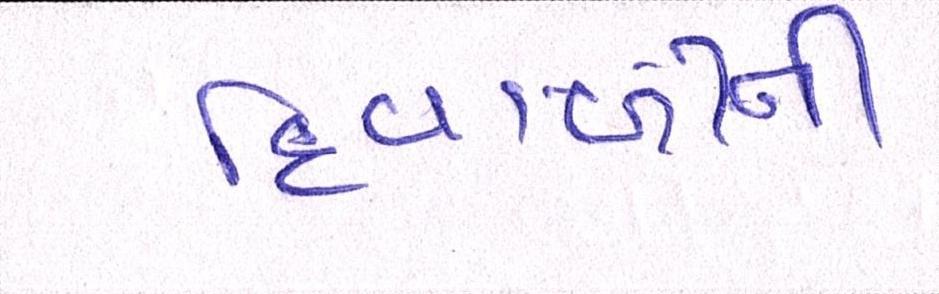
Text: દિવાળીની